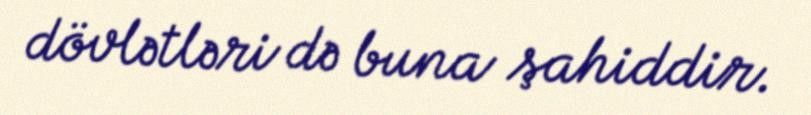
dövlətləri də buna şahiddir.